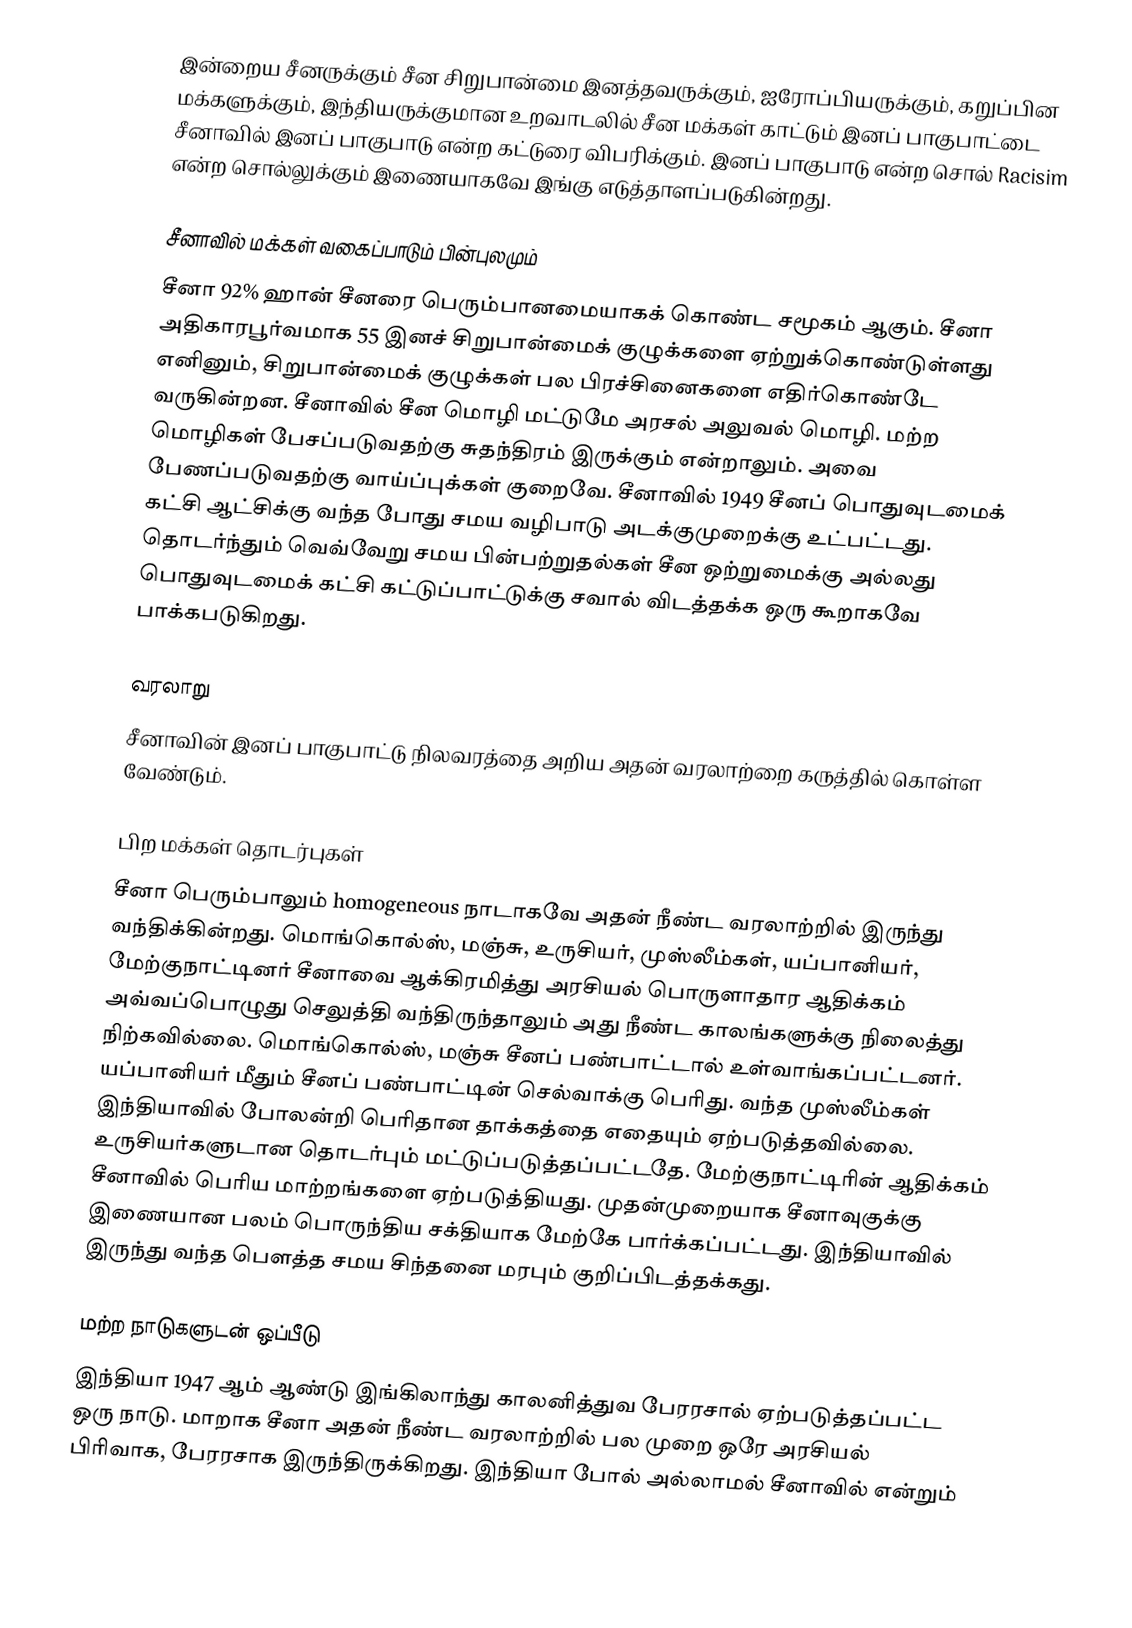
இன்றைய சீனருக்கும் சீன சிறுபான்மை இனத்தவருக்கும், ஐரோப்பியருக்கும், கறுப்பின மக்களுக்கும், இந்தியருக்குமான உறவாடலில் சீன மக்கள் காட்டும் இனப் பாகுபாட்டை சீனாவில் இனப் பாகுபாடு என்ற கட்டுரை விபரிக்கும். இனப் பாகுபாடு என்ற சொல் Racisim என்ற சொல்லுக்கும் இணையாகவே இங்கு எடுத்தாளப்படுகின்றது.

சீனாவில் மக்கள் வகைப்பாடும் பின்புலமும்
சீனா 92% ஹான் சீனரை பெரும்பானமையாகக் கொண்ட சமூகம் ஆகும். சீனா அதிகாரபூர்வமாக 55 இனச் சிறுபான்மைக் குழுக்களை ஏற்றுக்கொண்டுள்ளது எனினும், சிறுபான்மைக் குழுக்கள் பல பிரச்சினைகளை எதிர்கொண்டே வருகின்றன. சீனாவில் சீன மொழி மட்டுமே அரசல் அலுவல் மொழி. மற்ற மொழிகள் பேசப்படுவதற்கு சுதந்திரம் இருக்கும் என்றாலும். அவை பேணப்படுவதற்கு வாய்ப்புக்கள் குறைவே. சீனாவில் 1949 சீனப் பொதுவுடமைக் கட்சி ஆட்சிக்கு வந்த போது சமய வழிபாடு அடக்குமுறைக்கு உட்பட்டது. தொடர்ந்தும் வெவ்வேறு சமய பின்பற்றுதல்கள் சீன ஒற்றுமைக்கு அல்லது பொதுவுடமைக் கட்சி கட்டுப்பாட்டுக்கு சவால் விடத்தக்க ஒரு கூறாகவே பாக்கபடுகிறது.

வரலாறு
சீனாவின் இனப் பாகுபாட்டு நிலவரத்தை அறிய அதன் வரலாற்றை கருத்தில் கொள்ள வேண்டும்.

பிற மக்கள் தொடர்புகள்
சீனா பெரும்பாலும் homogeneous நாடாகவே அதன் நீண்ட வரலாற்றில் இருந்து வந்திக்கின்றது. மொங்கொல்ஸ், மஞ்சு, உருசியர், முஸ்லீம்கள், யப்பானியர், மேற்குநாட்டினர் சீனாவை ஆக்கிரமித்து அரசியல் பொருளாதார ஆதிக்கம் அவ்வப்பொழுது செலுத்தி வந்திருந்தாலும் அது நீண்ட காலங்களுக்கு நிலைத்து நிற்கவில்லை. மொங்கொல்ஸ், மஞ்சு சீனப் பண்பாட்டால் உள்வாங்கப்பட்டனர். யப்பானியர் மீதும் சீனப் பண்பாட்டின் செல்வாக்கு பெரிது. வந்த முஸ்லீம்கள் இந்தியாவில் போலன்றி பெரிதான தாக்கத்தை எதையும் ஏற்படுத்தவில்லை. உருசியர்களுடான தொடர்பும் மட்டுப்படுத்தப்பட்டதே. மேற்குநாட்டிரின் ஆதிக்கம் சீனாவில் பெரிய மாற்றங்களை ஏற்படுத்தியது. முதன்முறையாக சீனாவுகுக்கு இணையான பலம் பொருந்திய சக்தியாக மேற்கே பார்க்கப்பட்டது. இந்தியாவில் இருந்து வந்த பெளத்த சமய சிந்தனை மரபும் குறிப்பிடத்தக்கது.

மற்ற நாடுகளுடன் ஒப்பீடு
இந்தியா 1947 ஆம் ஆண்டு இங்கிலாந்து காலனித்துவ பேரரசால் ஏற்படுத்தப்பட்ட ஒரு நாடு. மாறாக சீனா அதன் நீண்ட வரலாற்றில் பல முறை ஒரே அரசியல் பிரிவாக, பேரரசாக இருந்திருக்கிறது. இந்தியா போல் அல்லாமல் சீனாவில் என்றும்